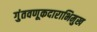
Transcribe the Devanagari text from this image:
गुंतवणूकदाराभिमुख